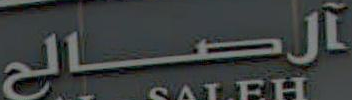
الصالح